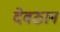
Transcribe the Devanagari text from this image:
देवठान